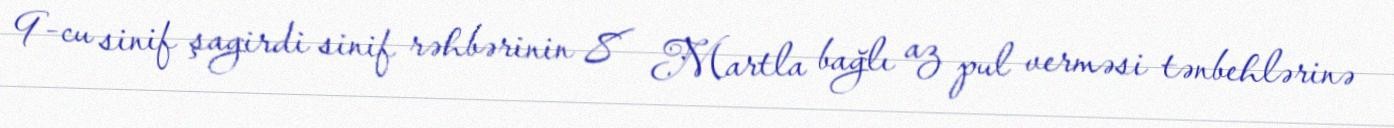
9-cu sinif şagirdi sinif rəhbərinin 8 Martla bağlı az pul verməsi tənbehlərinə